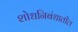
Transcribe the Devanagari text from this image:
शोधनिबंधातील